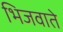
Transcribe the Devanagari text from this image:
भिजवाते